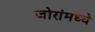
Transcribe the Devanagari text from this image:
जोरांमध्ये